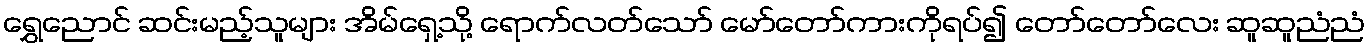
ရွှေညောင် ဆင်းမည့်သူများ အိမ်ရှေ့သို့ ရောက်လတ်သော် မော်တော်ကားကိုရပ်၍ တော်တော်လေး ဆူဆူညံညံ